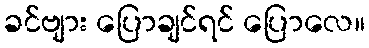
ခင်ဗျား ပြောချင်ရင် ပြောလေ။